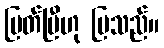
ပြတ်ပြီဟု ပြသည်။